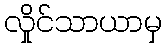
လှိုင်သာယာမှ